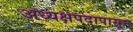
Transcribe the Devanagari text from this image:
अध्यक्षपदापासून